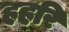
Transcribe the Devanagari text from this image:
हहरि